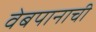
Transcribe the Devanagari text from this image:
वेबपानाची